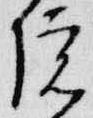
院